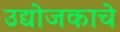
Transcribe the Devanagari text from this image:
उद्योजकाचे